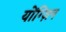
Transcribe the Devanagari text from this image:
योंग्ज़िन